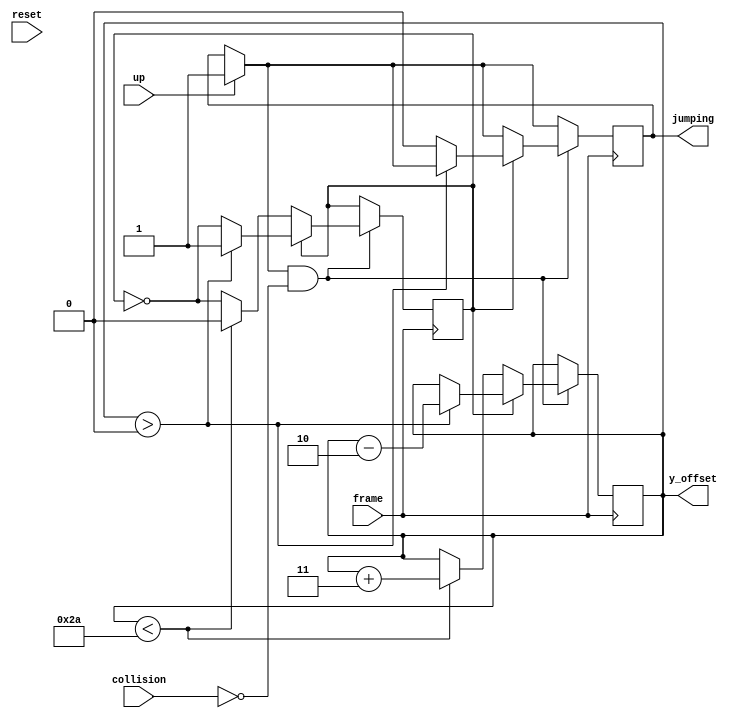
`timescale 1ns / 1ps
//////////////////////////////////////////////////////////////////////////////////
// Company: 
// Engineer: 
// 
// Design Name: 
// Module Name: jump_controller
// Project Name: 
// Target Devices: 
// Tool Versions: 
// Description: 
// 
// Dependencies: 
// 
// Revision:
// Revision 0.01 - File Created
// Additional Comments:
// 
//////////////////////////////////////////////////////////////////////////////////


module jump_controller(
    input up, frame, collision, reset,
    output reg [7:0] y_offset,
    output reg jumping
    );
    // first we gotta sync up the 100MHz clock to 60fps
    reg direction; // 0 going up, 1 going down
    reg [7:0] y_offset_prev;
    
    // init
    initial begin
        y_offset = 0;
        jumping = 0;
        direction = 0;
    end
    
    // jump logic.
    always @(posedge frame) begin
        if (up) begin 
            jumping = 1;
        end
        // jump animation
        if (jumping && ~collision) begin
            if (!direction) begin // going up 
                if (y_offset < 42) begin
                    y_offset = y_offset + 3;
                end else begin
                    direction = !direction;
                end
            end else begin // going down
                if (y_offset > 0) begin
                    y_offset = y_offset - 2;
                end else begin
                    direction = !direction;
                    jumping = 0;
                end
            end
        end
    end
endmodule